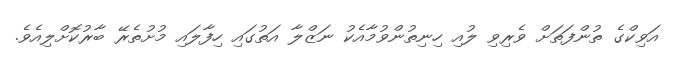
އަވިކްގެ ތުންފަތަށް ވެރިވި ލުއި ހިނިތުންވުމާއެކު ނަޒްލާ އަތުގައި ހިފާލައި މުށުތެރޭ ބާރުކޮށްލިއެވެ.